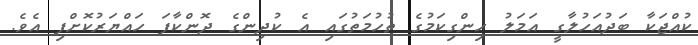
ކުއްޖަކާ ބަދުއަހުލާގީ އަމަލު ހިންގިކަމުގެ ތުހުމަތުގައި އެ ކުދިންގެ ދޮންކާފަ ހައްޔަރުކޮށްފި އެވެ.